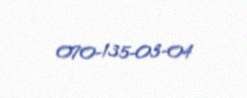
070-135-03-04